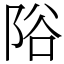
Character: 䧍